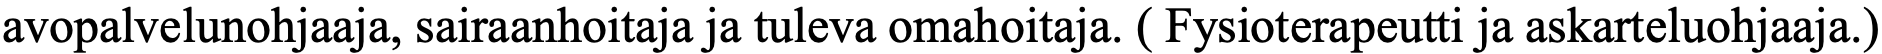
avopalvelunohjaaja, sairaanhoitaja ja tuleva omahoitaja. ( Fysioterapeutti ja askarteluohjaaja.)